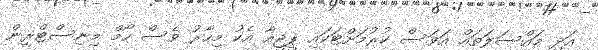
އަދި މައްސަލަތައް އަވަސް ކުރުމަށްޓަކައި ޕީޖީއާ އެކު މިހާރު ވެސް ހޯމް މިނިސްޓްރީން